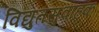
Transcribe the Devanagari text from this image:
विद्युतसुवाहक